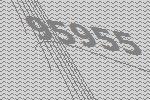
95955